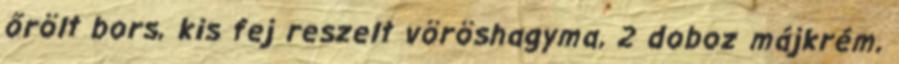
őrölt bors, kis fej reszelt vöröshagyma, 2 doboz májkrém,